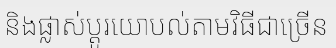
និងផ្លាស់ប្តូរយោបល់តាមវិធីជាច្រើន